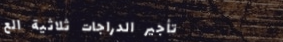
تأجير الدراجات ثلاثية الع